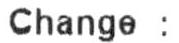
CHANGE :